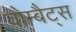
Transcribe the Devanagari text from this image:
वोम्बैट्स